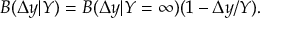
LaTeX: B ( \Delta y | Y ) = B ( \Delta y | Y = \infty ) ( 1 - \Delta y / Y ) .